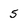
Character: 5